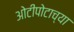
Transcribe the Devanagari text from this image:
ओटीपोटाच्या